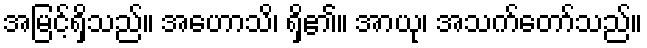
အမြင့်ရှိသည်။ အဟောသိ၊ ရှိ၏။ အာယု၊ အသက်တော်သည်။